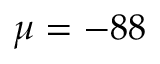
\mu = - 8 8